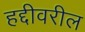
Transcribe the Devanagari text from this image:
हद्दीवरील